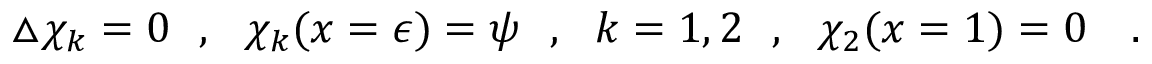
\bigtriangleup \chi _ { k } = 0 ~ ~ , ~ ~ \chi _ { k } ( x = \epsilon ) = \psi ~ ~ , { } ~ ~ k = 1 , 2 ~ ~ , ~ ~ \chi _ { 2 } ( x = 1 ) = 0 ~ ~ ~ .